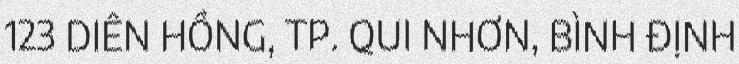
123 DIÊN HỒNG, TP. QUI NHƠN, BÌNH ĐỊNH